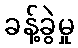
ခန့်ခွဲမှု